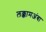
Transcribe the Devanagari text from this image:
लक्कामअंबा